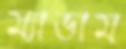
ম্যাডাম